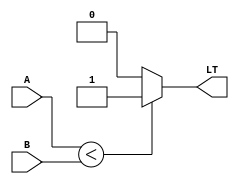
module LessThanComparator (
    input signed [31:0] A,
    input signed [31:0] B,
    output wire LT
);

always @ (*) begin
    if (A < B) begin
        LT = 1'b1;
    end else begin
        LT = 1'b0;
    end
end

endmodule